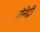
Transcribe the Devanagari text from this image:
जॉमेट्री